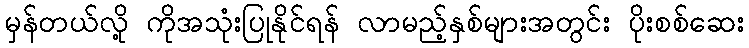
မှန်တယ်လို့ ကိုအသုံးပြုနိုင်ရန် လာမည့်နှစ်များအတွင်း ပိုးစစ်ဆေး